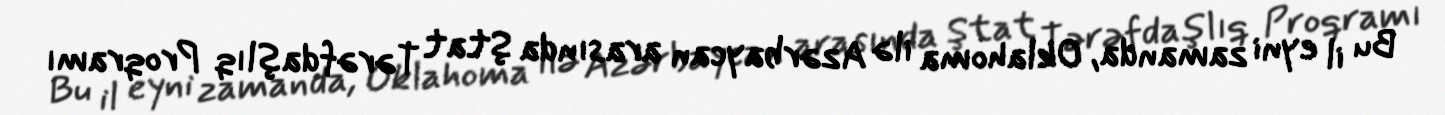
Bu il eyni zamanda, Oklahoma ilə Azərbaycan arasında Ştat Tərəfdaşlıq Proqramı